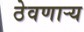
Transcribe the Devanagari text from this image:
ठेवणाऱ्य